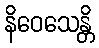
နိဝေသေန္တိ